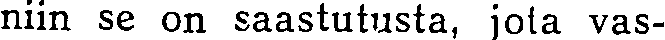
niin se on saastutusta, jota vas-